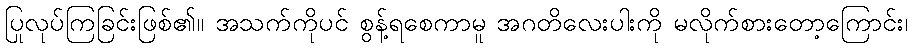
ပြုလုပ်ကြခြင်းဖြစ်၏။ အသက်ကိုပင် စွန့်ရစေကာမူ အဂတိလေးပါးကို မလိုက်စားတော့ကြောင်း၊